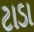
ટાડા